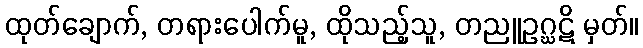
ထုတ်ချောက်, တရားပေါက်မူ, ထိုသည့်သူ, တညူဥဂ္ဃဋိ မှတ်။